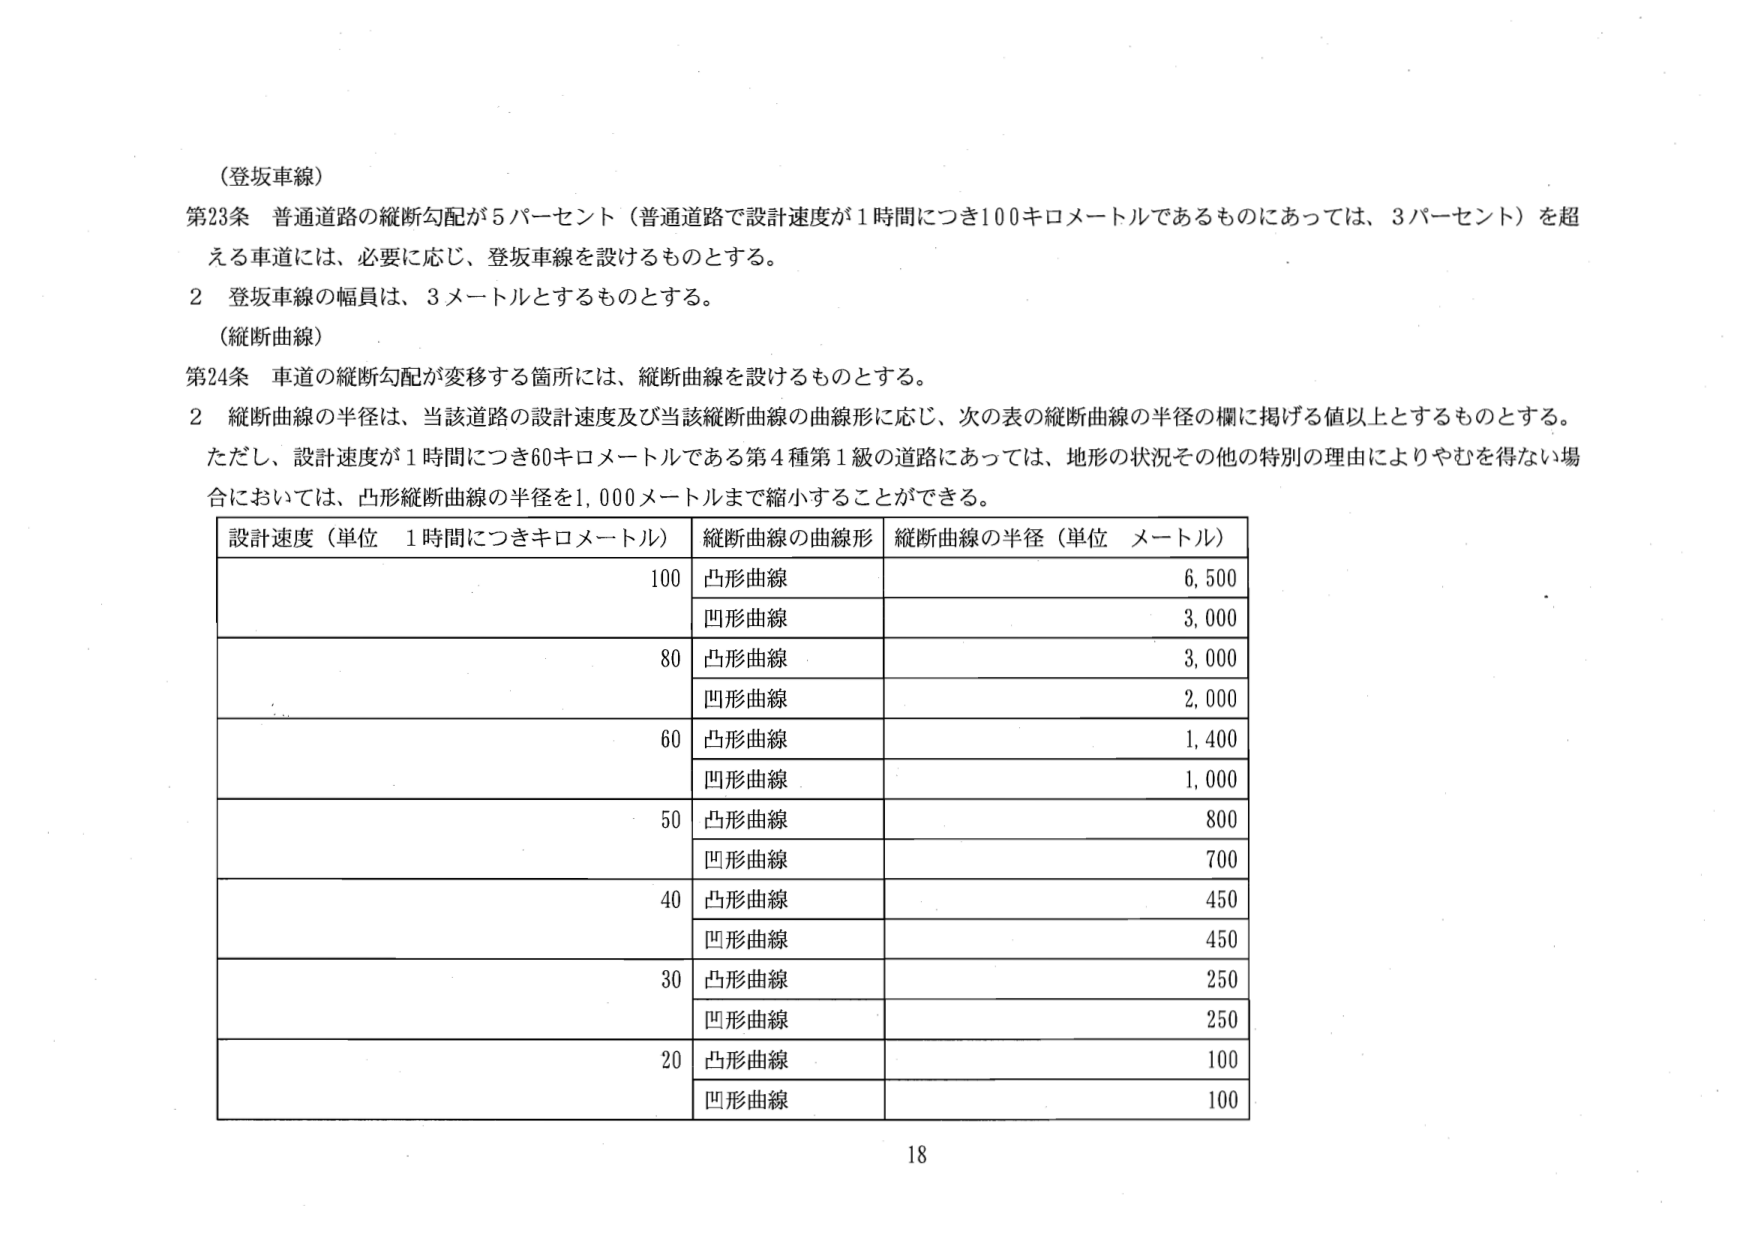
（登坂車線）
第23条 普通道路の縦断勾配が5パーセント（普通道路で設計速度が1時間につき100キロメートルであるものにあっては、3パーセント）を超える車道には、必要に応じ、登坂車線を設けるものとする。
2 登坂車線の幅員は、3メートルとするものとする。

（縦断曲線）
第24条 車道の縦断勾配が変移する箇所には、縦断曲線を設けるものとする。
2 縦断曲線の半径は、当該道路の設計速度及び当該縦断曲線の曲線形に応じ、次の表の縦断曲線の半径の欄に掲げる値以上とするものとする。
ただし、設計速度が1時間につき60キロメートルである第4種第1級の道路にあっては、地形の状況その他の特別の理由によりやむを得ない場合においては、凸形縦断曲線の半径を1,000メートルまで縮小することができる。

設計速度（単位 1時間につきキロメートル） 縦断曲線の曲線形 縦断曲線の半径（単位 メートル）
100 凸形曲線 6,500
　　凹形曲線 3,000
80 凸形曲線 3,000
　　凹形曲線 2,000
60 凸形曲線 1,400
　　凹形曲線 1,000
50 凸形曲線 800
　　凹形曲線 700
40 凸形曲線 450
　　凹形曲線 450
30 凸形曲線 250
　　凹形曲線 250
20 凸形曲線 100
　　凹形曲線 100

18